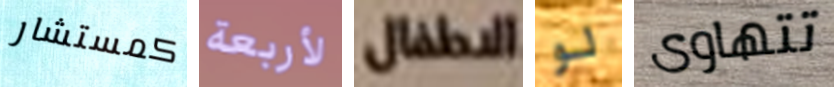
كمستشار لأربعة الاطفال لو تتهاوى